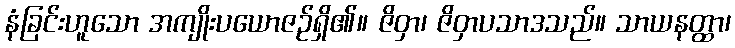
နံခြင်းဟူသော အကျိုးပယောဇဉ်ရှိ၏။ ဇိဝှာ၊ ဇိဝှာပသာဒသည်။ သာယနတ္ထာ၊